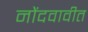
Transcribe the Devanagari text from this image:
नोंदवावीत